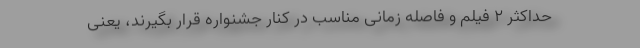
حداکثر ۲ فیلم و فاصله زمانی مناسب در کنار جشنواره قرار بگیرند، یعنی